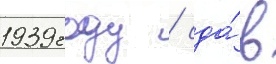
1939 году / сда́в